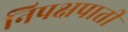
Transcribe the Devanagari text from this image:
निपक्षपाती